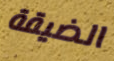
الضيقة